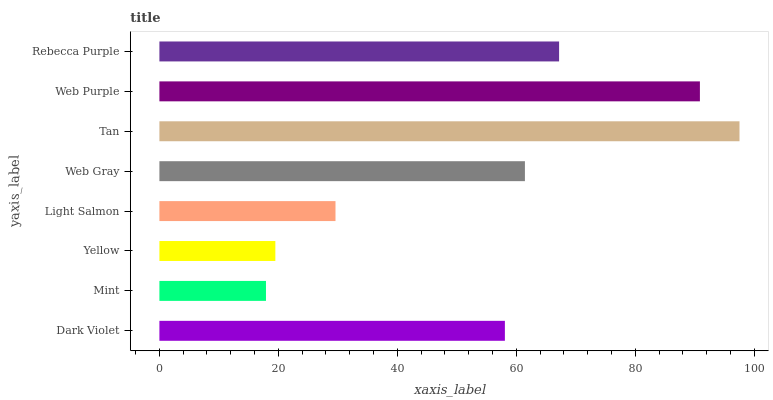
| yaxis_label | bars |
 | --- | --- |
 | Dark Violet | 58.1 |
 | Mint | 17.9 |
 | Yellow | 19.5 |
 | Light Salmon | 29.6 |
 | Web Gray | 61.4 |
 | Tan | 97.5 |
 | Web Purple | 90.8 |
 | Rebecca Purple | 67.2 |